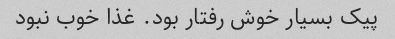
پیک بسیار خوش رفتار بود. غذا خوب نبود